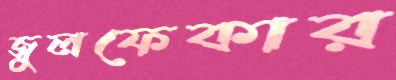
জুলফেকার